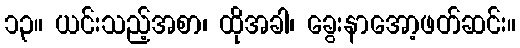
၁၃။ ယင်းသည့်အစာ၊ ထိုအခါ၊ ခွေးနာအော့ဖတ်ဆင်း။